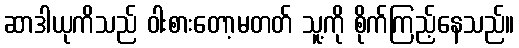
ဆာဒါယုကိသည် ဝါးစားတော့မတတ် သူ့ကို စိုက်ကြည့်နေသည်။